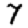
Digit: 7